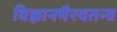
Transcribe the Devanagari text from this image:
विज्ञानभैरवतन्त्र